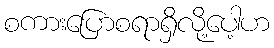
စကားပြောစရာရှိလို့ပေါ့ဟ